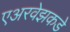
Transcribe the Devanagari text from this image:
एअरवेझकडे